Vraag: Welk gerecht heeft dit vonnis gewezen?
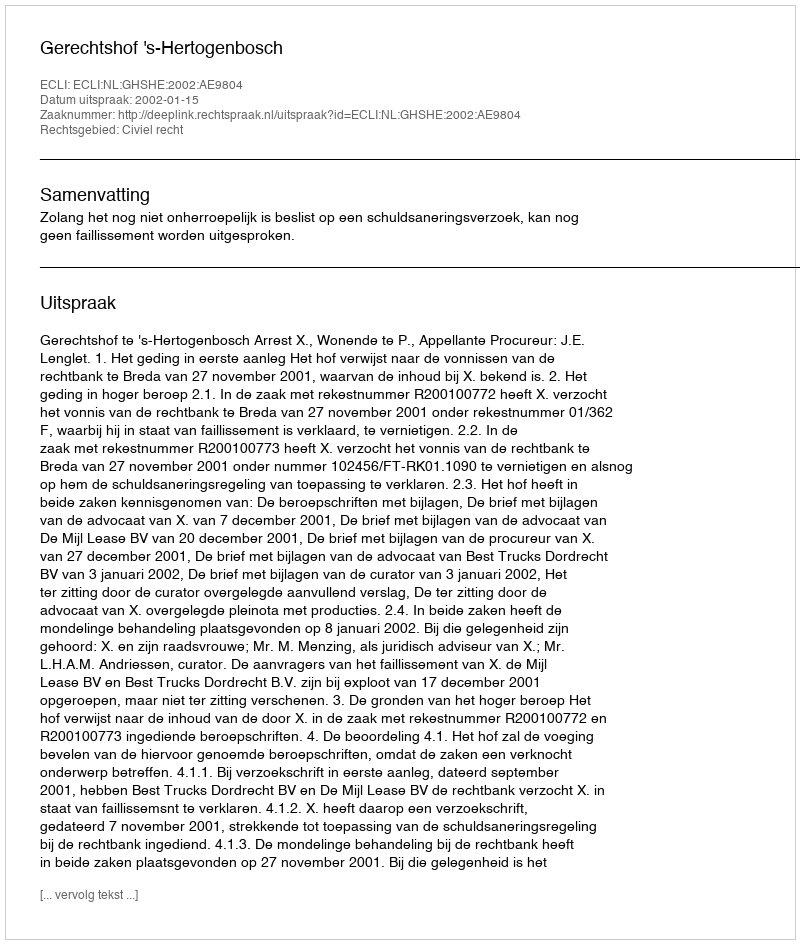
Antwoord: Gerechtshof 's-Hertogenbosch